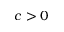
c > 0